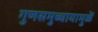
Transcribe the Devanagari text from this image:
गुणसमुच्चायामुळें